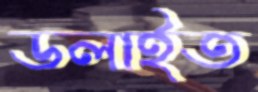
ডলাইত